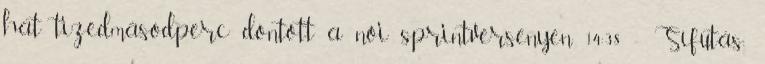
hat tizedmásodperc döntött a női sprintversenyen 14:38 - Sífutás: